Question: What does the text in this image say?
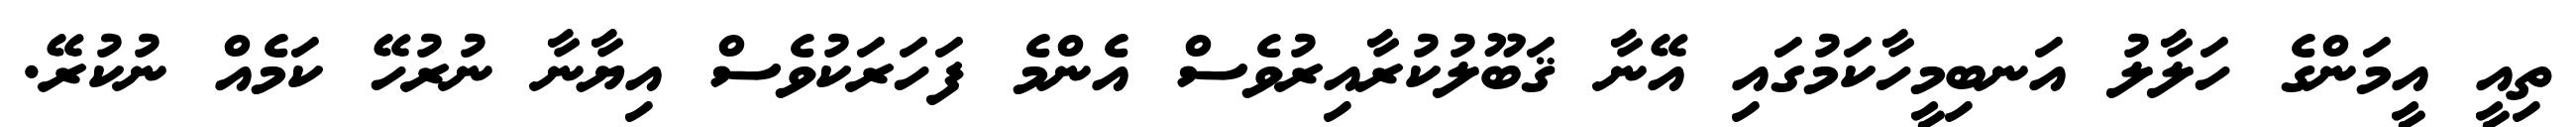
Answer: ތިއީ އީމަންގެ ހަލާލު އަނބިމީހާކަމުގައި އޭނާ ޤަބޫލުކުރާއިރުވެސް އެންމެ ފަހަރަކުވެސް އިޔާނާ ނުރުހޭ ކަމެއް ނުކުރޭ.